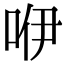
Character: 咿